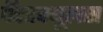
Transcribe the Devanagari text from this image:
पॅटरक्यूलस